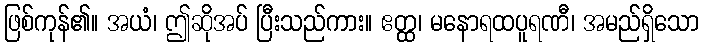
ဖြစ်ကုန်၏။ အယံ၊ ဤဆိုအပ် ပြီးသည်ကား။ ဧတ္ထ၊ မနောရထပူရဏီ၊ အမည်ရှိသော